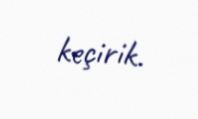
keçirik.